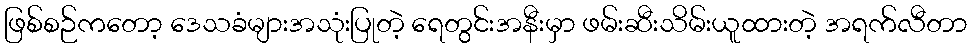
ဖြစ်စဉ်ကတော့ ဒေသခံများအသုံးပြုတဲ့ ရေတွင်းအနီးမှာ ဖမ်းဆီးသိမ်းယူထားတဲ့ အရက်လီတာ